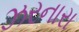
ઝરનારા